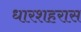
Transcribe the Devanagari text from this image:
धारशहरास